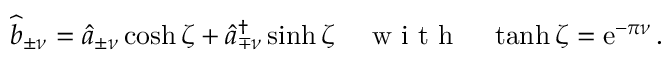
\widehat { b } _ { \pm \nu } = \widehat { a } _ { \pm \nu } \cosh \zeta + \widehat { a } _ { \mp \nu } ^ { \dagger } \sinh \zeta \quad \mathrm { ~ w ~ i ~ t ~ h ~ } \quad \operatorname { t a n h } \zeta = \mathrm { e } ^ { - \pi \nu } \, .